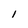
Character: 1